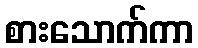
စားသောက်ကာ